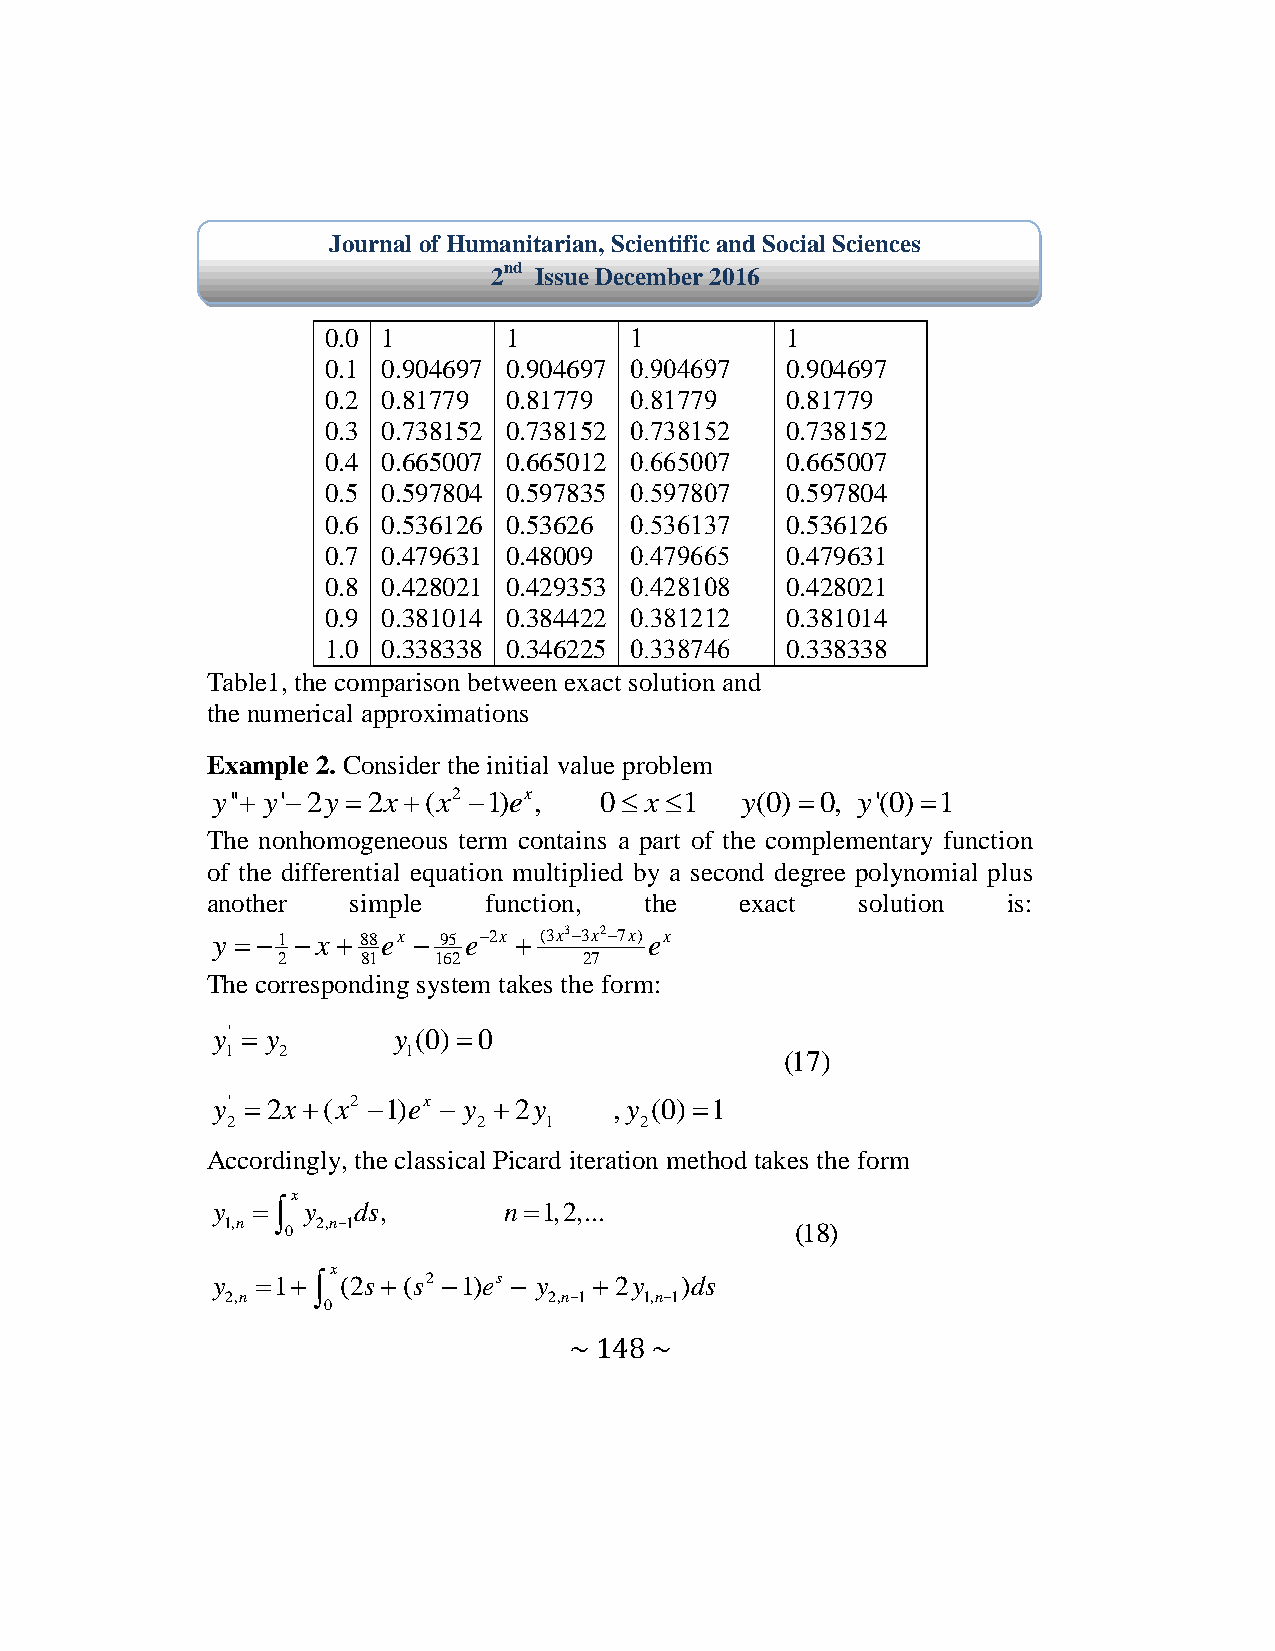
Journal of Humanitarian, Scientific and Social Sciences
 2nd Issue December 2016
 0.0 1      1        0         1
 0.1 0.904697 0.904697 00202127 0.904697
 0.2 0.81779 0.81779 0040772   0.81779
 0.3 0.738152 0.738152 00704059 0.738152
 0.4 0.665007 0.665012 00115007 0.665007
 0.5 0.597804 0.597835 00527407 0.597804
 0.6 0.536126 0.53626 00501007 0.536126
 0.7 0.479631 0.48009 00272115 0.479631
 0.8 0.428021 0.429353 00294004 0.428021
 0.9 0.381014 0.384422 00040909 0.381014
 1.0 0.338338 0.346225 00004721 0.338338
 Table1, the comparison between exact solution and
 the numerical approximations
 Example 2. Consider the initial value problem
 y'' y'2y 2x(x2 1)ex, 0 x1   y(0)0, y'(0)1
 The nonhomogeneous term contains a part of the complementary function
 of the differential equation multiplied by a second degree polynomial plus
 another  simple   function,  the   exact   solution  is:
 y 1  x 88ex  95 e2x  (3x33x27x)ex
 2     81   162       27
 The corresponding system takes the form:
 y'  y      y (0) 0
 1   2       1                        (17)
 y' 2x(x2 1)ex  y 2y   ,y (0)1
 2                2   1     2
 Accordingly, the classical Picard iteration method takes the form
 x
 y    y ds,       n1,2,...
 1,n 0 2,n1                           (18)
 x
 y  1  (2s (s2 1)es  y  2y )ds
 2,n                  2,n1  1,n1
 0
 ~ 148 ~